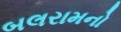
બલરામનો